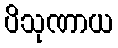
ပိသုဏာယ